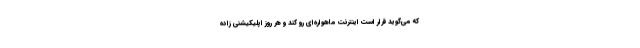
که می‌گوید قرار است اینترنت ماهواره‌ای رو کند و هر روز اپلیکیشنی زاده